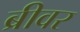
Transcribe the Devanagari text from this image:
ब्रीवर